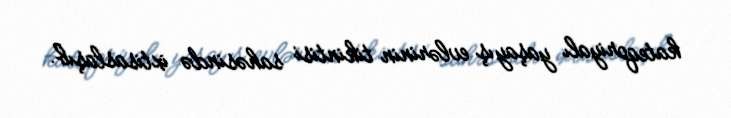
kateqoriyalı yaşayış evlərinin tikintisi sahəsində ixtisaslaşıb.